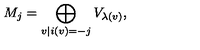
M _ { j } = \bigoplus _ { v | i ( v ) = - j } V _ { \lambda ( v ) } ,